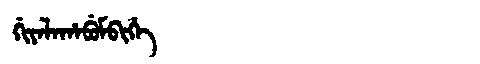
Manchu: ᡤᡳᠶᠠᠯᠠᡥᠠᠪᡠᠮᠪᡳᡥᡝ
Romanization: GIYALAHABUMBIHE